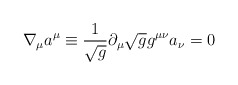
\begin{align*}\nabla_\mu a^\mu \equiv {1 \over \sqrt g}\partial_\mu \sqrt g g^{\mu\nu} a_\nu = 0\end{align*}